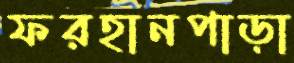
ফরহানপাড়া